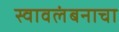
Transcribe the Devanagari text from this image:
स्वावलंबनाचा